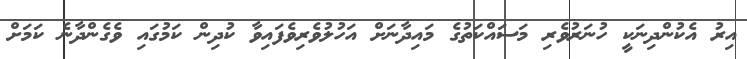
އިރު އެކުންދިނަކީ ހުނަރުވެރި މަސައްކަތުގެ މައިދާނަށް އަހުލުވެރިވެފައިވާ ކުދިން ކަމުގައި ވެގެންދާނެ ކަމަށް